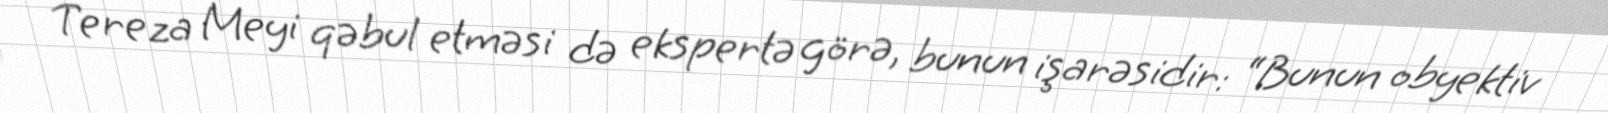
Tereza Meyi qəbul etməsi də ekspertə görə, bunun işarəsidir: “Bunun obyektiv